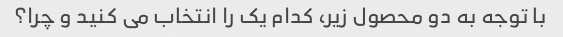
با توجه به دو محصول زیر، کدام یک را انتخاب می کنید و چرا؟